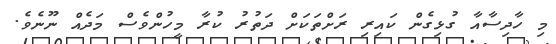
މި ހާދިސާއާ ގުޅިގެން ކައިރި ރަށްތަކަށް ދަތުރު ކުރާ މީހުންވެސް މަދެއް ނޫނެވެ.